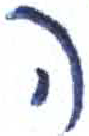
אות: ה